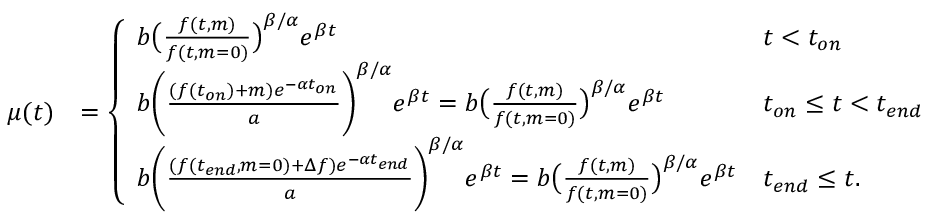
\begin{array} { r l } { \mu ( t ) } & { = \left\{ \begin{array} { l l } { b \big ( \frac { f ( t , m ) } { f ( t , m = 0 ) } \big ) ^ { \beta / \alpha } e ^ { \beta t } } & { t < t _ { o n } } \\ { b \bigg ( \frac { ( f ( t _ { o n } ) + m ) e ^ { - \alpha t _ { o n } } } { a } \bigg ) ^ { \beta / \alpha } e ^ { \beta t } = b \big ( \frac { f ( t , m ) } { f ( t , m = 0 ) } \big ) ^ { \beta / \alpha } e ^ { \beta t } } & { t _ { o n } \leq t < t _ { e n d } } \\ { b \bigg ( \frac { ( f ( t _ { e n d } , m = 0 ) + \Delta f ) e ^ { - \alpha t _ { e n d } } } { a } \bigg ) ^ { \beta / \alpha } e ^ { \beta t } = b \big ( \frac { f ( t , m ) } { f ( t , m = 0 ) } \big ) ^ { \beta / \alpha } e ^ { \beta t } } & { t _ { e n d } \leq t . } \end{array} \right. } \end{array}